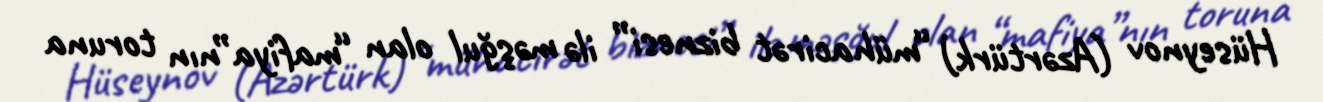
Hüseynov (Azərtürk) “mühacirət biznesi” ilə məşğul olan “mafiya”nın toruna